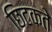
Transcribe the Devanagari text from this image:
छिटकते